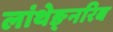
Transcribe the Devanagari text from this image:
लांथेङ्नरिब